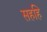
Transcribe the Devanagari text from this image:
सहहि